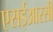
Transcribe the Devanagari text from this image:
एसईआरसी